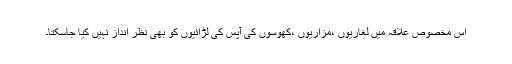
اس مخصوص علاقہ میں لغاریوں ،مزاریوں ،کھوسوں کی آپس کی لڑائیوں کو بھی نظر انداز نہیں کیا جاسکتا۔